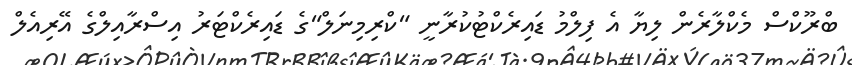
ބްރޫކްސް މެކްލާރެން ލިޔާ އެ ފިލްމު ޑައިރެކްޓުކުރާނީ "ކްރިމިނަލް"ގެ ޑައިރެކްޓަރު އިސްރާއިލްގެ އޭރިއެލް